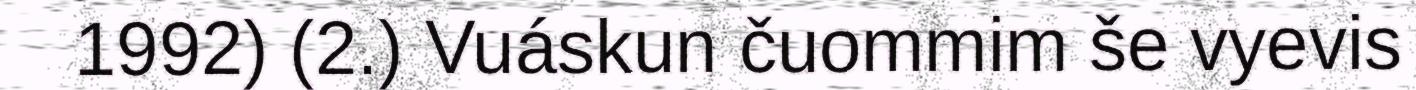
1992) (2.) Vuáskun čuommim še vyevis